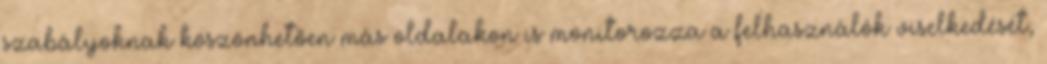
szabályoknak köszönhetően más oldalakon is monitorozza a felhasználók viselkedését,